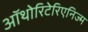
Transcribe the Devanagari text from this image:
ऑथोरिटेरिएनिज्म